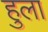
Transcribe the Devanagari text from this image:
हुला